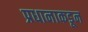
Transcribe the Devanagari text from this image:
प्रधानाकडून